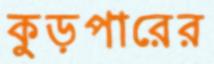
কুড়পারের